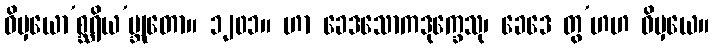
ဝိမှယော’စ္ဆရိယ’ဗ္ဘုတော။ ၁၂၀၁။ ဟာ ခေဒသောကဒုက္ခေသု၊ ခေဒေ တွ’ဟဟ ဝိမှယေ။